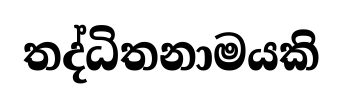
තද්ධිතනාමයකි